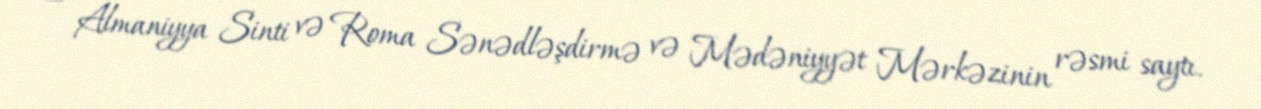
— Almaniyya Sinti və Roma Sənədləşdirmə və Mədəniyyət Mərkəzinin rəsmi saytı.